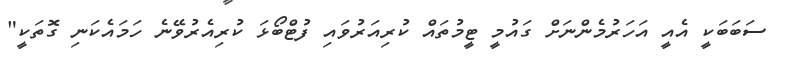
ސަބަބަކީ އެއީ އަހަރުމެންނަށް ގައުމީ ޓީމުތައް ކުރިއަރުވައި ފުޓްބޯޅަ ކުރިއެރުވޭނެ ހަމައެކަނި ގޮތަކީ"